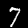
Digit: 7